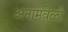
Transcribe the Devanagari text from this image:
अनामवेळी